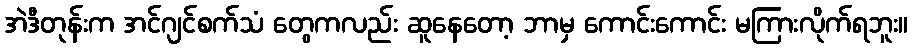
အဲဒီတုန်းက အင်ဂျင်စက်သံ တွေကလည်း ဆူနေတော့ ဘာမှ ကောင်းကောင်း မကြားလိုက်ရဘူး။